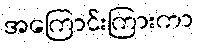
အကြောင်းကြားကာ